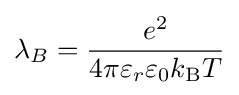
\lambda _{B}={\frac {e^{2}}{4\pi \varepsilon _{r}\varepsilon _{0}k_{\text{B}}T}}